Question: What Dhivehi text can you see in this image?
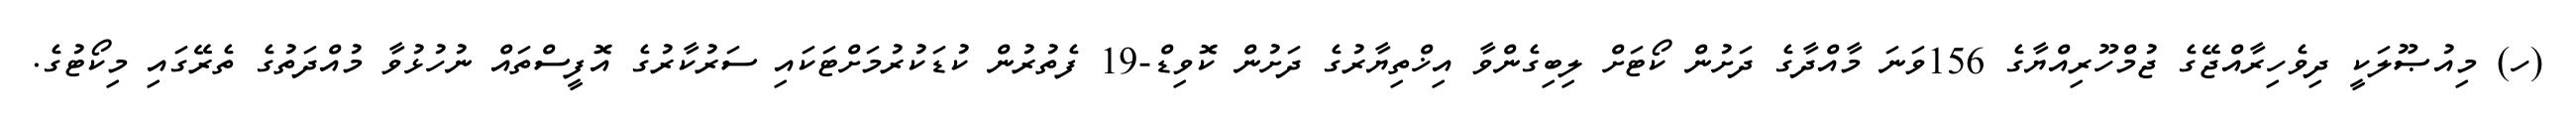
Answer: (ހ) މިއުޞޫލަކީ ދިވެހިރާއްޖޭގެ ޖުމްހޫރިއްޔާގެ 156ވަނަ މާއްދާގެ ދަށުން ކޯޓަށް ލިބިގެންވާ އިޚްތިޔާރުގެ ދަށުން ކޮވިޑް-19 ފެތުރުން ކުޑަކުރުމަށްޓަކައި ސަރުކާރުގެ އޮފީސްތައް ނުހުޅުވާ މުއްދަތުގެ ތެރޭގައި މިކޯޓުގެ.